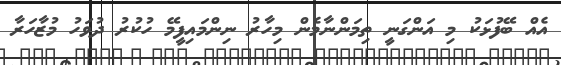
އެއް ބޭފުޅަކު މި އަންގަނީ ތިމަންނާމެން މިހާރު ނިންމައިފީމޭ ހުކުރު ދުވަހު މުޒާހަރާ